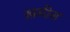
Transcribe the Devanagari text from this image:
ख़मीस